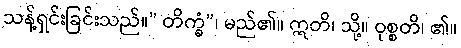
သန့်ရှင်းခြင်းသည်။” တိက္ခံ”၊ မည်၏။ ဣတိ၊ သို့။ ဝုစ္စတိ၊ ၏။